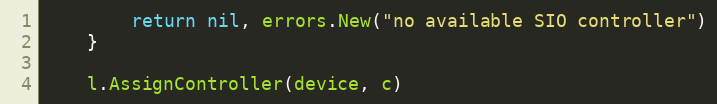
Language: Go
		return nil, errors.New("no available SIO controller")
	}

	l.AssignController(device, c)